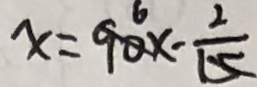
x = 9 0 x - \frac { 2 } { 1 5 }